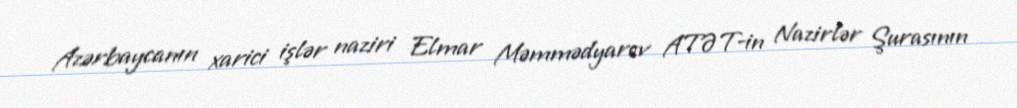
Azərbaycanın xarici işlər naziri Elmar Məmmədyarov ATƏT-in Nazirlər Şurasının